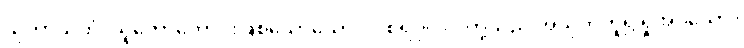
သုဘာသုဘံ၊ သူတော်ကောင်းဖြစ်သောယောဂါဝစရပုဂ္ဂိုလ်တို့သည် အသုဘဟူ၍ရှုအပ်သော။